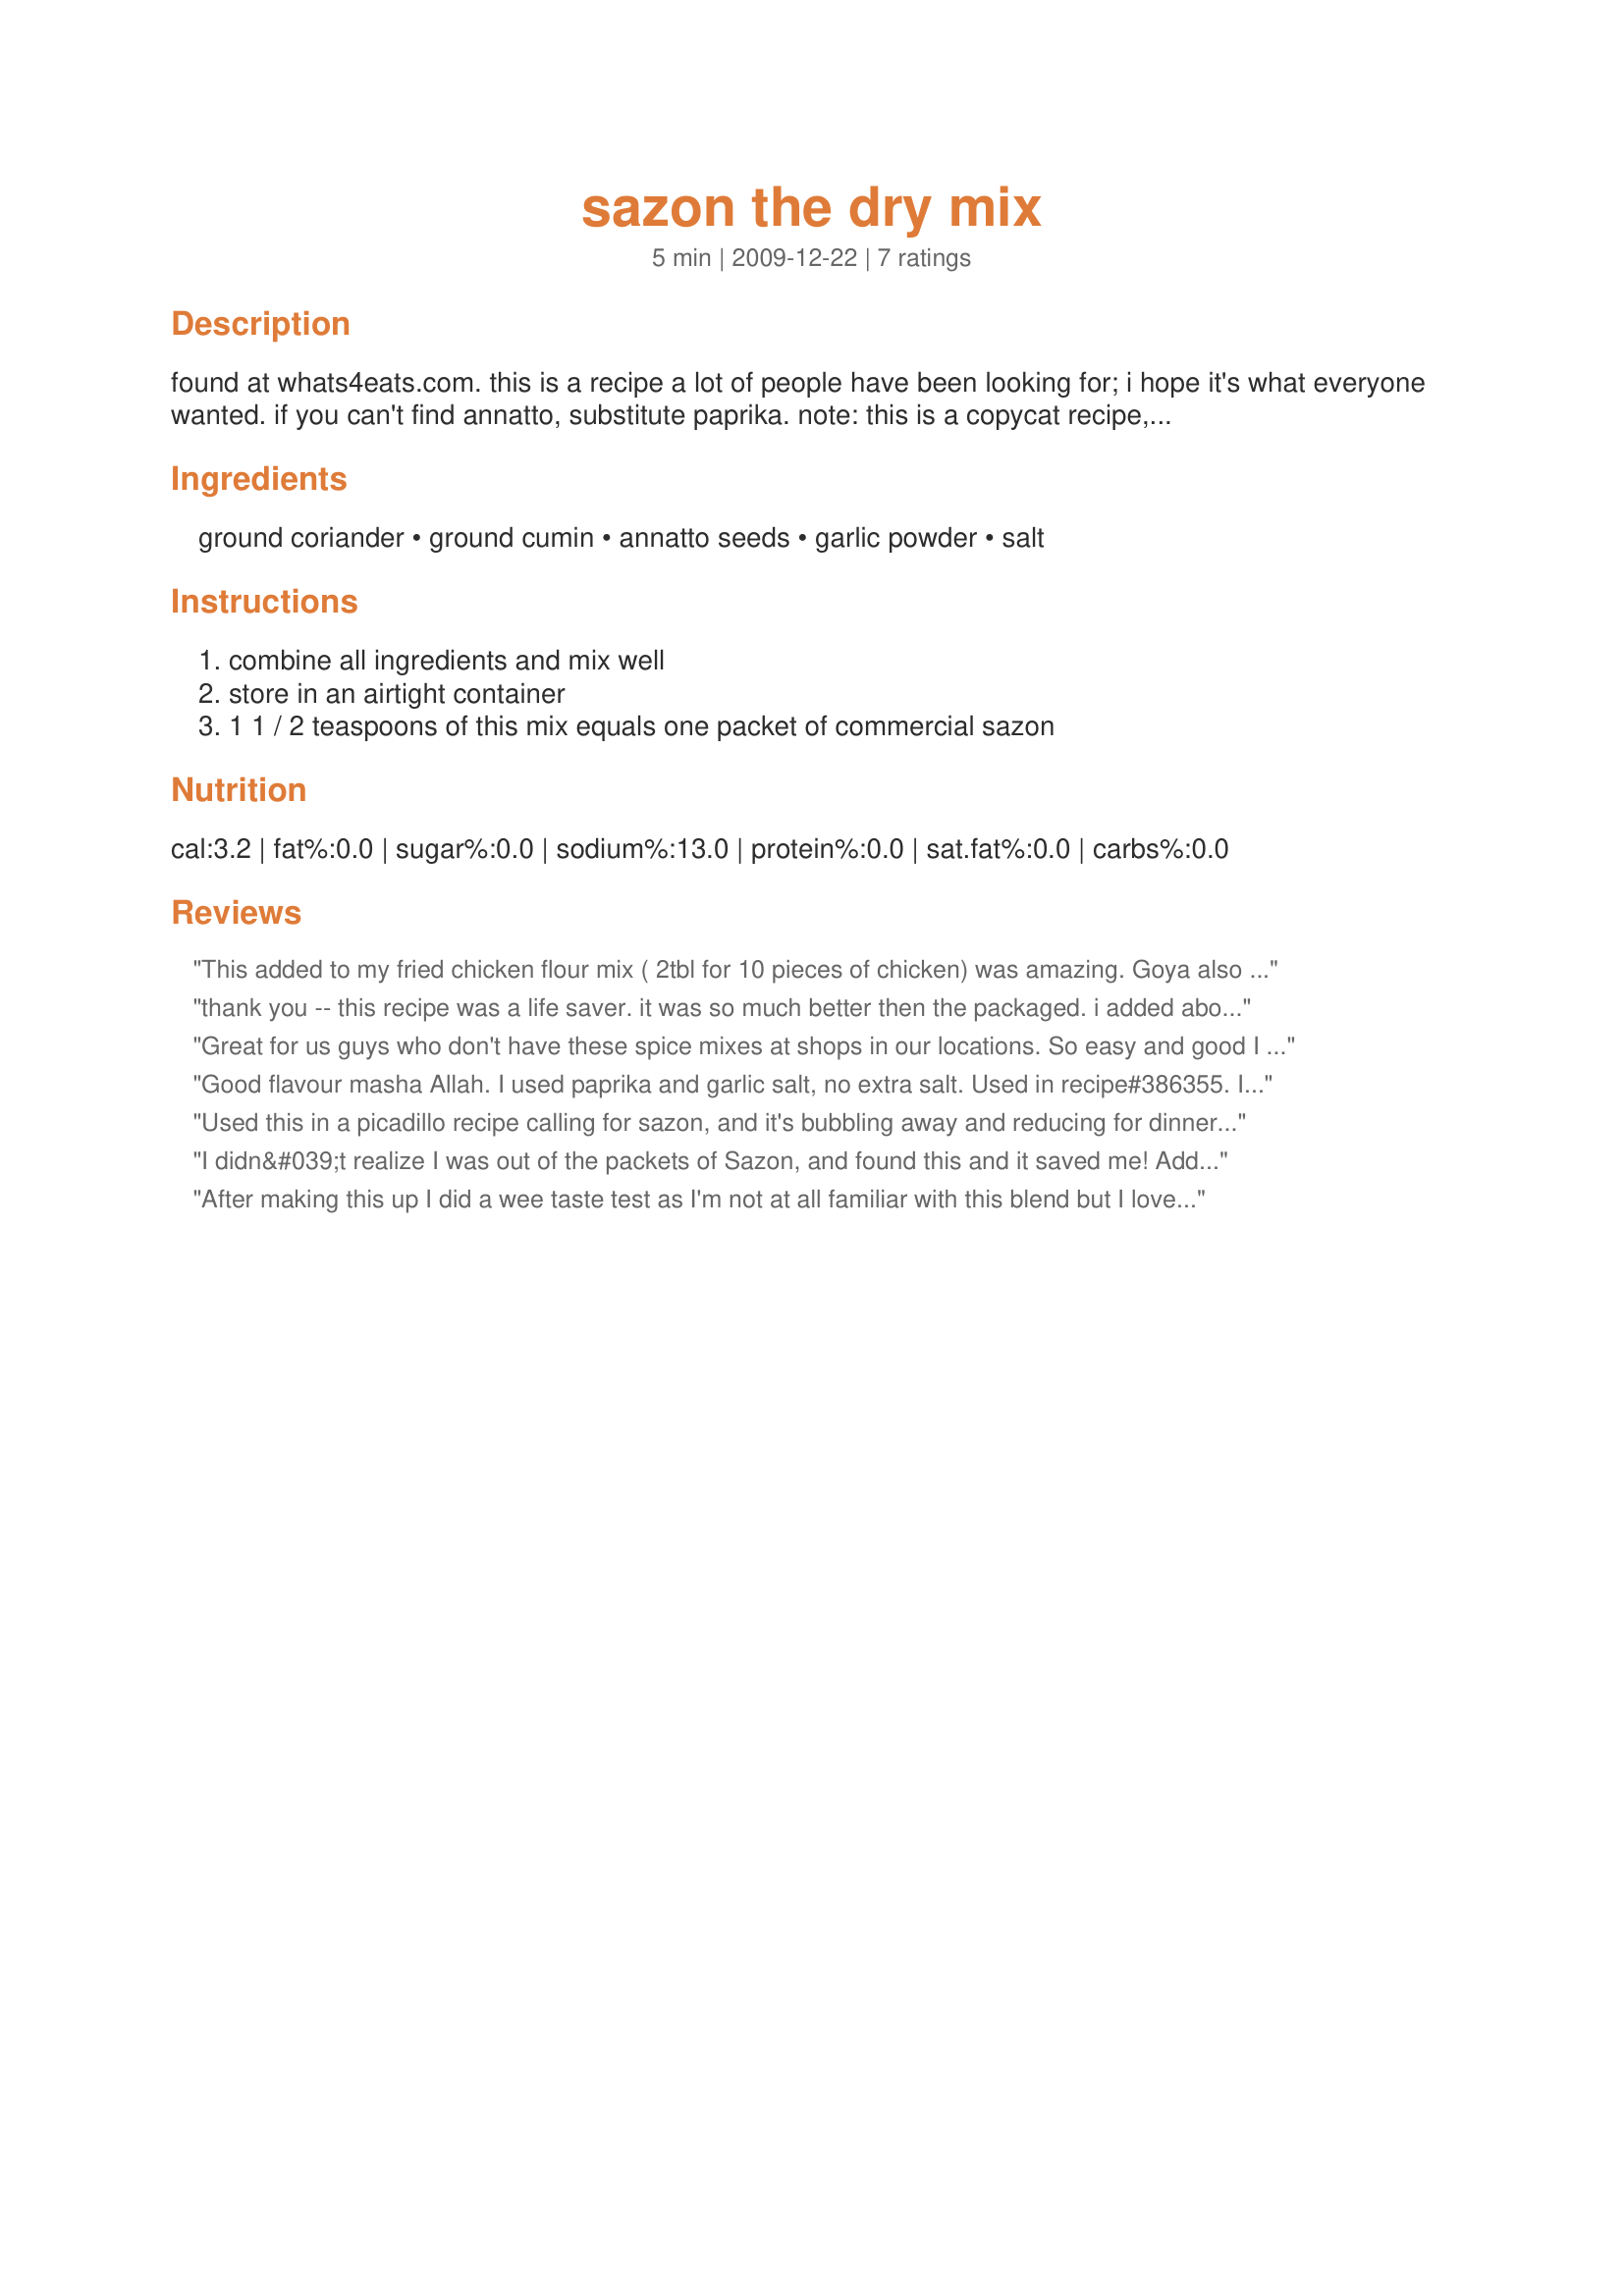
sazon the dry mix
Preparation time: 5 minutes

found at whats4eats.com. this is a recipe a lot of people have been looking for; i hope it's what everyone wanted. if you can't find annatto, substitute paprika. note: this is a copycat recipe, which is why the amount of salt is so high. if you want the same taste as commercial brands, use it all. if you don't want so much, feel free to adjust it to your taste, or leave it out entirely.

Ingredients:
ground coriander, ground cumin, annatto seeds, garlic powder, salt

Steps:
combine all ingredients and mix well, store in an airtight container, 1 1 / 2 teaspoons of this mix equals one packet of commercial sazon

Reviews:
This added to my fried chicken flour mix ( 2tbl for 10 pieces of chicken) was amazing. Goya also makes a no-salt or low salt version for those who thought it was salty. I substituted MSG (Accent) for the salt as we are also trying to cut down on our sodium.
thank you -- this recipe was a life saver. it was so much better then the packaged. i added about 1 tsp dried cilantro as well and my arroz con gandules came out perfect -- thank you so much
Great for us guys who don't have these spice mixes at shops in our locations. So easy and good I would not buy it from shop anymore anyway.
Good flavour masha Allah. I used paprika and garlic salt, no extra salt. Used in recipe#386355. I would make this spice mix again.
Used this in a picadillo recipe calling for sazon, and it's bubbling away and reducing for dinner as we speak. To my smell and taste, this is really similar to taco seasoning, but there are some nuance differences. They might be more pronounced had I not had to sub the paprika as suggested in the instructions, but I don't know. I've never had the pre-packaged seasoning, but I think this is really good. I'll probably just stick with this to avoid the pre-packaged and to control my sodium. Thanks for sharing.
I didn&#039;t realize I was out of the packets of Sazon, and found this and it saved me! Added it too some chili, worked perfect!!
After making this up I did a wee taste test as I'm not at all familiar with this blend but I love all of the ingredients so knew that it would be well liked. I have to say that for us it was far to salt heavy. I added another Tbsp of everything other than salt and it was greatly improved. I used it that night on sirloin tip steak for dinner and it was delicious. The next morning I added some to scrambled eggs and that too was a winner. :D
